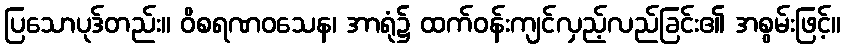
ပြသောပုဒ်တည်း။ ဝိစရဏဝသေန၊ အာရုံ၌ ထက်ဝန်းကျင်လှည့်လည်ခြင်း၏ အစွမ်းဖြင့်။